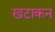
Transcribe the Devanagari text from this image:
खटाकन